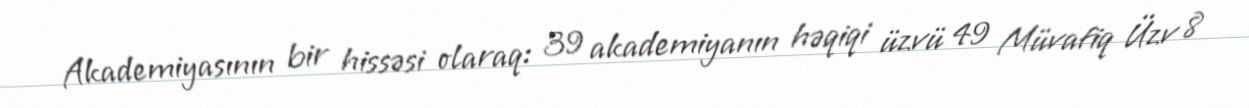
Akademiyasının bir hissəsi olaraq: 39 akademiyanın həqiqi üzvü 49 Müvafiq Üzv 8